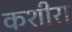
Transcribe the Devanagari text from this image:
कशीरा